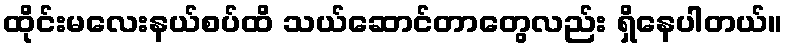
ထိုင်းမလေးနယ်စပ်ထိ သယ်ဆောင်တာတွေလည်း ရှိနေပါတယ်။